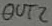
Text: OUT2